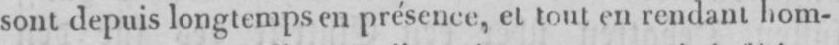
sont depuis longtemps en présence, et tout en rendant hom-